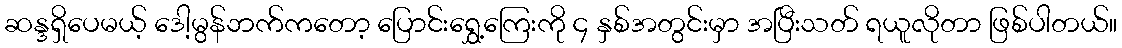
ဆန္ဒရှိပေမယ့် ဒေါ့မွန်ဘက်ကတော့ ပြောင်းရွှေ့ကြေးကို ၄ နှစ်အတွင်းမှာ အပြီးသတ် ရယူလိုတာ ဖြစ်ပါတယ်။